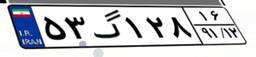
۵۳گ۱۲۸۱۶